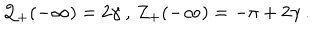
{ \cal Q } _ { + } ( - \infty ) = 2 \gamma \: , \, Z _ { + } ( - \infty ) = - \pi + 2 \gamma \: .